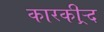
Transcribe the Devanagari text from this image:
कारकीऱ्र्द